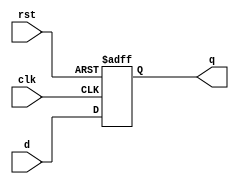
module d_flip_flop_with_preset (
    input wire clk,
    input wire rst,   // asynchronous preset input
    input wire d,
    output reg q
);

always @(posedge clk or posedge rst) begin
    if (rst) begin
        q <= 1'b1;  // preset to 1
    end else begin
        q <= d;
    end
end

endmodule